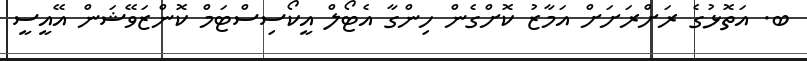
ބ. އަތޮޅުގެ ރަށްރަށަށް އަމާޒު ކޮށްގެން ހިންގާ އެޓޯލް އީކޯސިސްޓަމް ކޮންޒަވޭޝަން އޭއީސީ